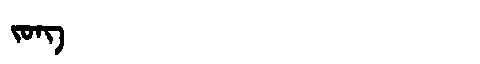
Manchu: ᠵᠣᠩ
Romanization: JONG